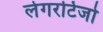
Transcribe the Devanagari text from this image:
लेगरटिजो